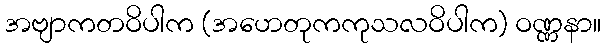
အဗျာကတဝိပါက (အဟေတုကကုသလဝိပါက) ဝဏ္ဏနာ။